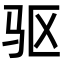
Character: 驱